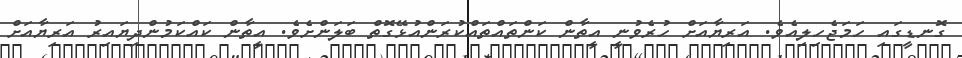
ގޮނޑީގައި ހަމަޖެހިލިއެވެ. އަރިޔާއަށް ހުރެވުނީ އީތާން ކަންތައްތައްކުރަންއުޅޭގޮތް ބަލަންށެވެ. އީތާން ކައްކަމުންދިޔައިރު އަރިޔާއަށް